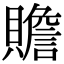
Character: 贍